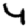
Digit: 4